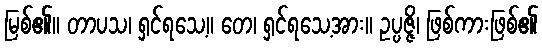
မြစ်၏။ တာပသ၊ ရှင်ရသေ့။ တေ၊ ရှင်ရသေ့အား။ ဥပ္ပဇ္ဇိ၊ ဖြစ်ကားဖြစ်၏